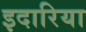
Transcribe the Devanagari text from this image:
इदारिया